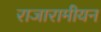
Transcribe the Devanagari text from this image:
राजारामीयन